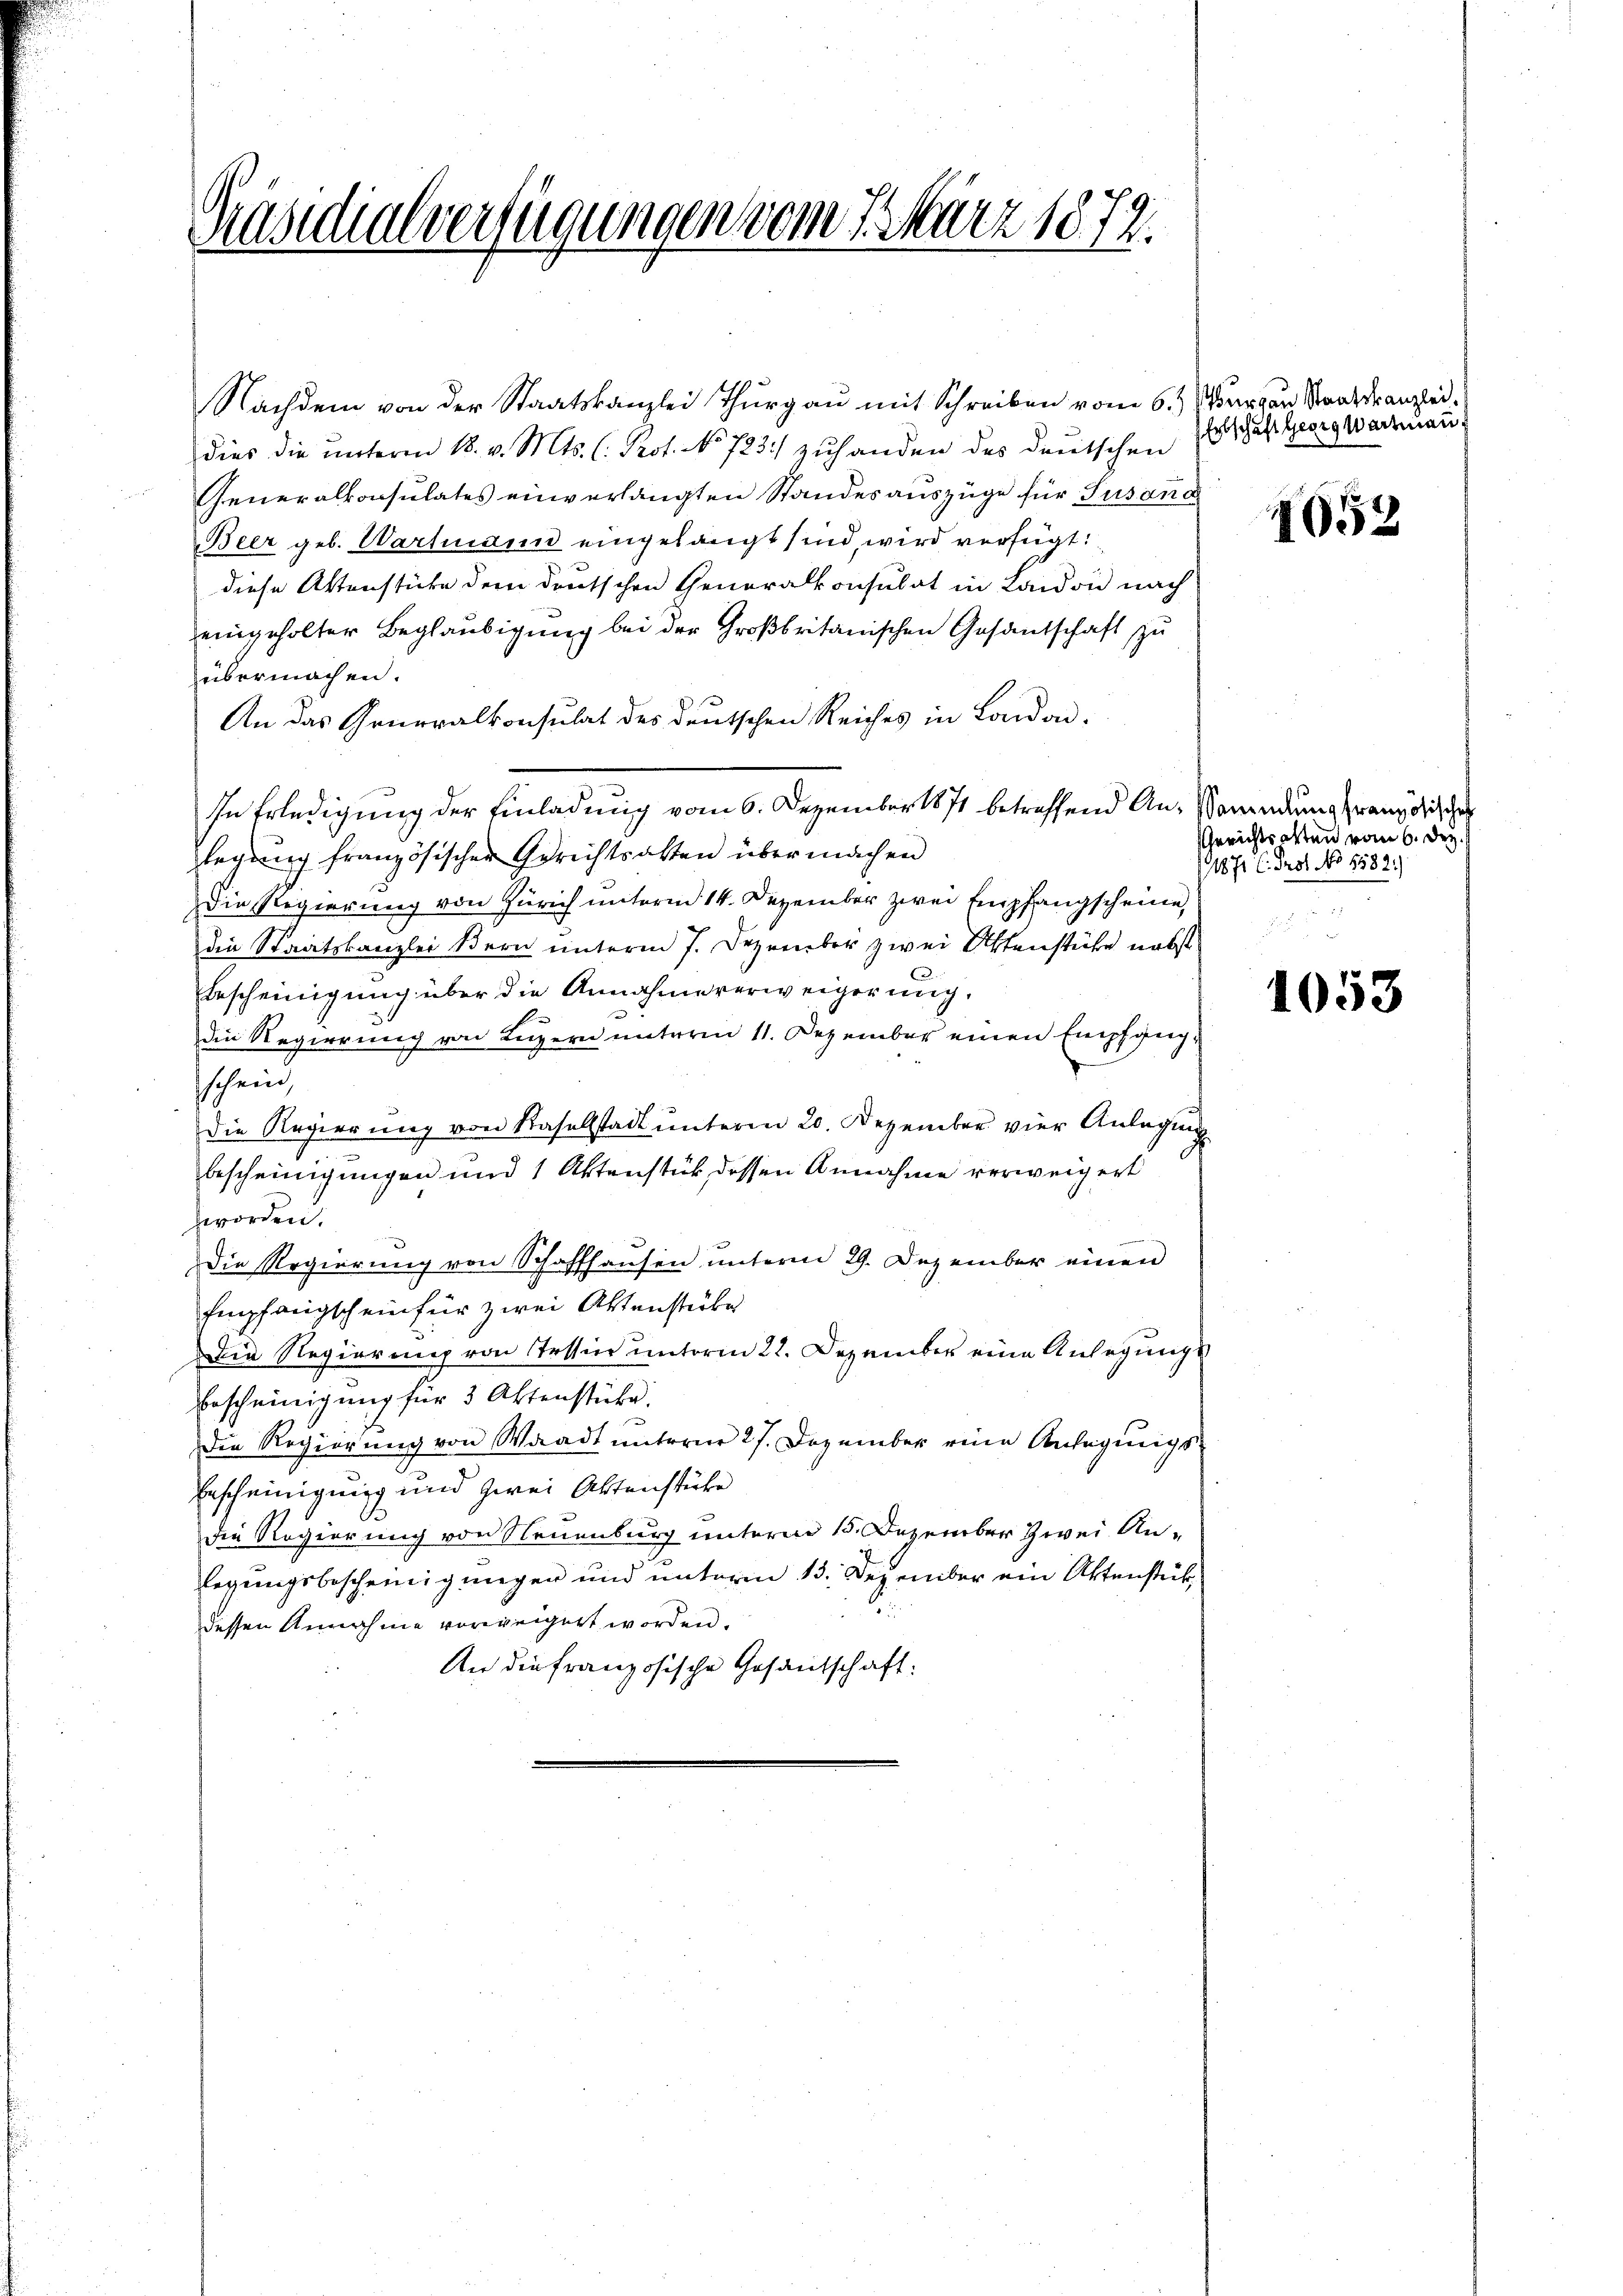
Päsidialverfügungen vom 7. März 1879.

Nachdem von der Staatskanzlei Thurgau mit Schreiben vom 6. Märzer Strafranzlei.
dies die unterm 18. v. Mts. C. Prot. No 723.) zuhanden des deutschen
Generalkonsulates einverlangten Standesauszüge für Susand
Beer geb. Wartenden eingelangt sind, wird verfügt:
diese Aktenstücke dem deutschen Generalkonsulat in Laidon nach
eingeholter Beglaubigung bei der Großbritanischen Gesantschaft zu
übermachen.
An das Generalkonsulat des deutschen Reiches in London-
In Erledigung der Einladung vom 6. Dezember 1871 betreffend An- sowendung französische
legung französischer Gerichtsakten übermachen
Die Regierung von Zürich unterm 14. Dezember zwei Empfangscheine,
die Staatskanzlei Bern unterm 7. Dezember zwei Ottenstücke nebst
Bescheinigung über die Annahme verweigerung,
die Regierung von Luzern unterm 11. Dezember einen Empfangsschein,
die Regierung von Kasellstadt unterm 20. Dezember vier Anlegung
bescheinigungen und 1 Aktenstück dessen Annahme verweigert
worden.

Die Regierung von Schaffhausen unterm 29. Dezember einen
Empfangschein für zwei Aktenstücke
Die Regierung von Testier unterm 22. Dezember eine Anlegungs
Bescheinigung für 5 Aktenstücke.
Die Regierung von Waadt unterne 27. Dezember eine Anfügungs¬
Erscheinigung und zwei Aktenstücke
die Regierung von Neuenburg unterm 15. Dezember zwei Anlegungsbescheinigungen und unterm 13. Dezember ein Aktenstück,
dessen Annahme vorweigert worden.
An die französische Gesandtschaft:

Ertschaft Georg Wartmann

1652

Gerichtsalten vom 6. Dez.
1871 C. Prof. No 6582)

1053